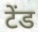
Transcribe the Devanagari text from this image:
टेंड